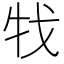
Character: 牫